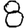
Digit: 8